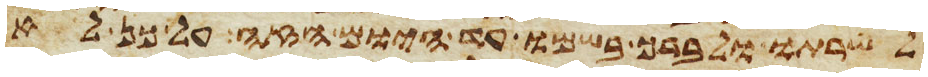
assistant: לשרתו ולברך בשמו עד היום הזה על כן לא